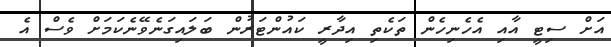
އަށް ސިޓީ އާއި އެހެނިހެން ތަކެތި އިދާރީ ކައުންޓަރުން ބަލައިގަނެވޭނެކަމަށް ވެސް އެ